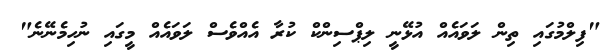
"ފިލްމުގައި ތިން ލަވައެއް އުޅޭނީ ލިޕްސިންކް ކުރާ އެއްވެސް ލަވައެއް މީގައި ނުހިމެނޭނެ"